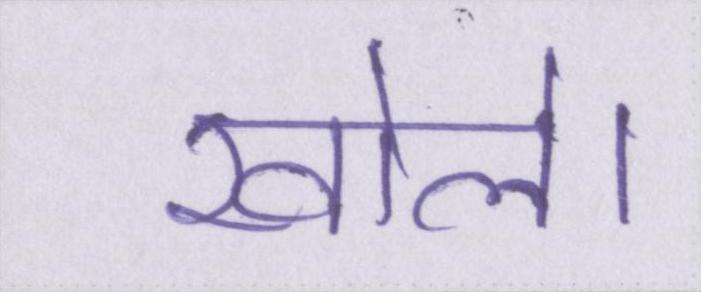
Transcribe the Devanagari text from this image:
खोले।